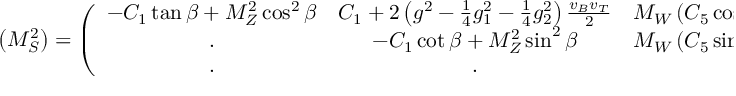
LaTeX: \left( M _ { S } ^ { 2 } \right) = \left( \begin{array} { c c c } { { - C _ { 1 } \tan { \beta } + M _ { Z } ^ { 2 } \cos ^ { 2 } { \beta } } } & { { C _ { 1 } + 2 \left( g ^ { 2 } - \frac { 1 } { 4 } g _ { 1 } ^ { 2 } - \frac { 1 } { 4 } g _ { 2 } ^ { 2 } \right) \frac { v _ { B } v _ { T } } { 2 } } } & { { M _ { W } \left( C _ { 5 } \cos { \beta } + C _ { 4 } \sin { \beta } \right) } } \\ { { . } } & { { - C _ { 1 } \cot { \beta } + M _ { Z } ^ { 2 } \sin ^ { 2 } { \beta } } } & { { M _ { W } \left( C _ { 5 } \sin { \beta } + C _ { 4 } \cos { \beta } \right) } } \\ { { . } } & { { . } } & { { C _ { 6 } } } \end{array} \right) .